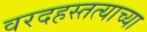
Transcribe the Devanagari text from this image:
वरदहस्तत्याच्या